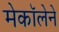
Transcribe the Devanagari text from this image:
मेकॉलेने